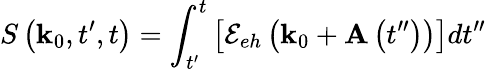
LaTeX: S\left(\mathbf{k}_{0},t^{\prime},t\right)=\int_{t^{\prime}}^{t}\left[\mathcal{E}_{eh}\left(\mathbf{k}_{0}+\mathbf{A}\left(t^{\prime\prime}\right)\right)\right]dt^{\prime\prime}